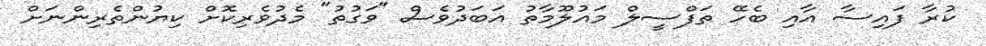
ކުރާ ފައިސާ އާއި ބެހޭ ތަފްސީލް މައުލޫމާތު އަބަދުވެސް "ވަގުތު" މެދުވެރިކޮށް ކިޔުންތެރިންނަށް